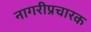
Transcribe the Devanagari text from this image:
नागरीप्रचारक